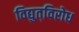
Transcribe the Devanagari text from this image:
विद्युत्‌विरोध